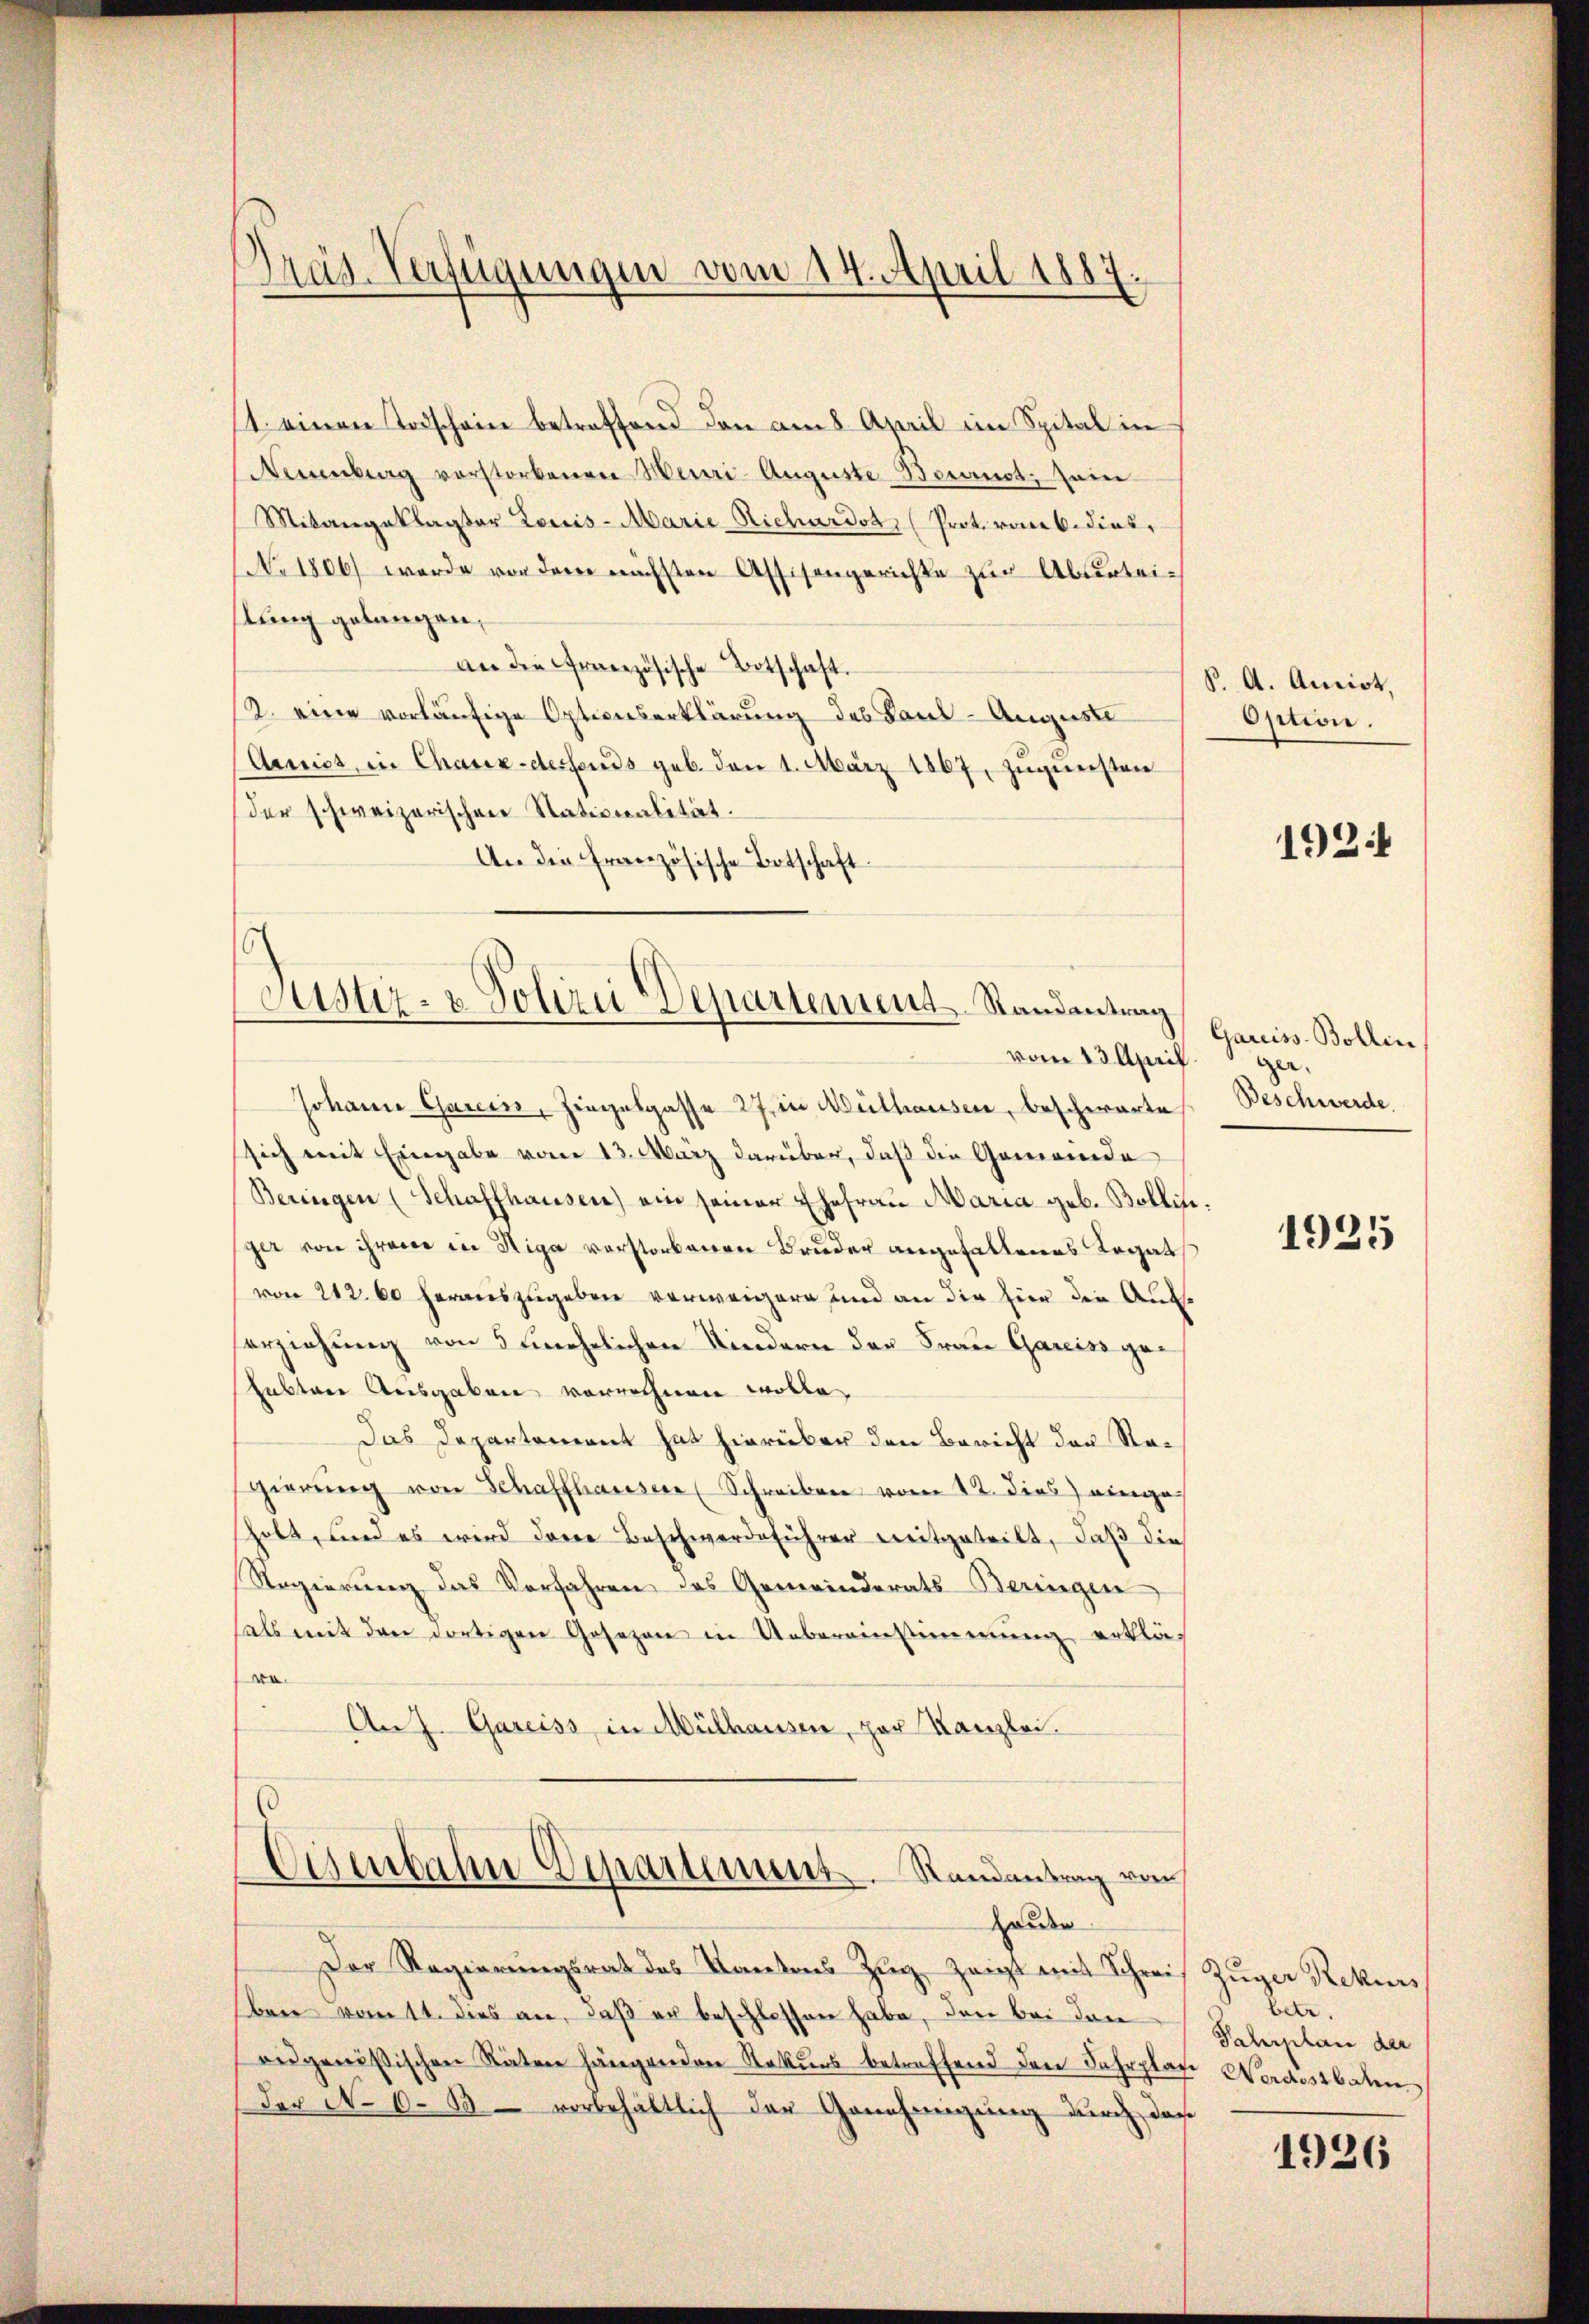
t. einen Todschein betreffend den am 8 April im Spital in
Neuenburg vorstorbenen Meuri- Auguste Bonnot, sein
Mitangeklagter Louis-Marie Richardst (Prot. von b. dies,
No 1806 werde vor dem nächsten Assisengerichte zur Abenteilung gelangen,
an die Französische Botschaft.
2. eine vorläufige Optionserklärung des Paul-Auguste
Arniss, in Chaux-dessends geb. den 1. März 1867, zugunsten
der schweizerischen Stationalität.
An die Französische Totschaft

Präs. Verfügungen vom 14. April 1887

Johann Garein, Ziegelgasse 27 in Mülhausen, beschwarte Beschwerde
sich mit Eingabe vom 13. März darüber, daß die Gemeinde
Beringen (Schaffhausen) ein seiner Ehefrau Maria geb. Bollin.
ger von ihrem in Riga verstorbenen Bruder angefallenes Legats
von 212. 60 herauszugeben verweigern und an die hier die Auferziehung von 5 unehelichen Kindern der Frau Gareiss ge¬
Lubtare Ausgaben vorrechnen wolle
Das Departement hat hierüber den Bericht der Regierŭng von Schaffhauser (Schreiben vom 12. dies einges
sholt, und es wird dann Beschwerdeführer weitgeteilt, daß die
Regierung das Verfahren des Gemeinderats-Beringen
hals mit den dortigen Gesezen in Uebereinstimmung erklär
o.
An J. Gareiss in Mülhausen, par Kanzlei.
Eisenbahn Departement. Randantrag von
Hause
Der Regierŭngsrat des Kantons Zŭg zeigt mit Schrei Züger Rekurs
ben vom 11. dies an, daß er beschlossen habe, den bei den
eidgenössischen Stäten hängenden Rekurs betreffend den Fahrplane Nordostbahn
Der No 6. B. vorbehältlich der Genehmigung durch das

Justiz- & Polizei Departement Randantrag
vom 13. April

S. A. Anciot,
Option.

1924

Gareiss. Bollin
ger.

1925

tete.
Fahrplan der

1926